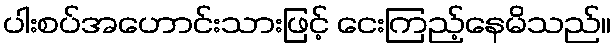
ပါးစပ်အဟောင်းသားဖြင့် ငေးကြည့်နေမိသည်။